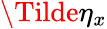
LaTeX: \Tilde{\eta}_{x}